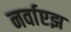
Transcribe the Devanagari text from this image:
नर्वाएझ